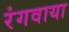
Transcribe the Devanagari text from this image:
रंगवाया